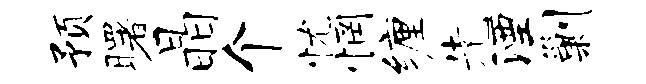
预曙晶个忧惘缠先湮剿